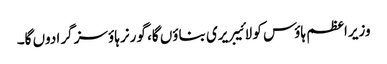
وزیراعظم ہاؤس کو لائیبریری بناؤں گا، گورنر ہاؤسز گرا دوں گا۔